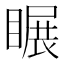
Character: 𥉲